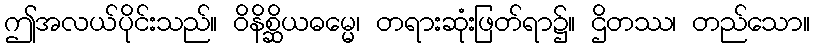
ဤအလယ်ပိုင်းသည်။ ဝိနိစ္ဆိယဓမ္မေ၊ တရားဆုံးဖြတ်ရာ၌။ ဌိတဿ၊ တည်သော။